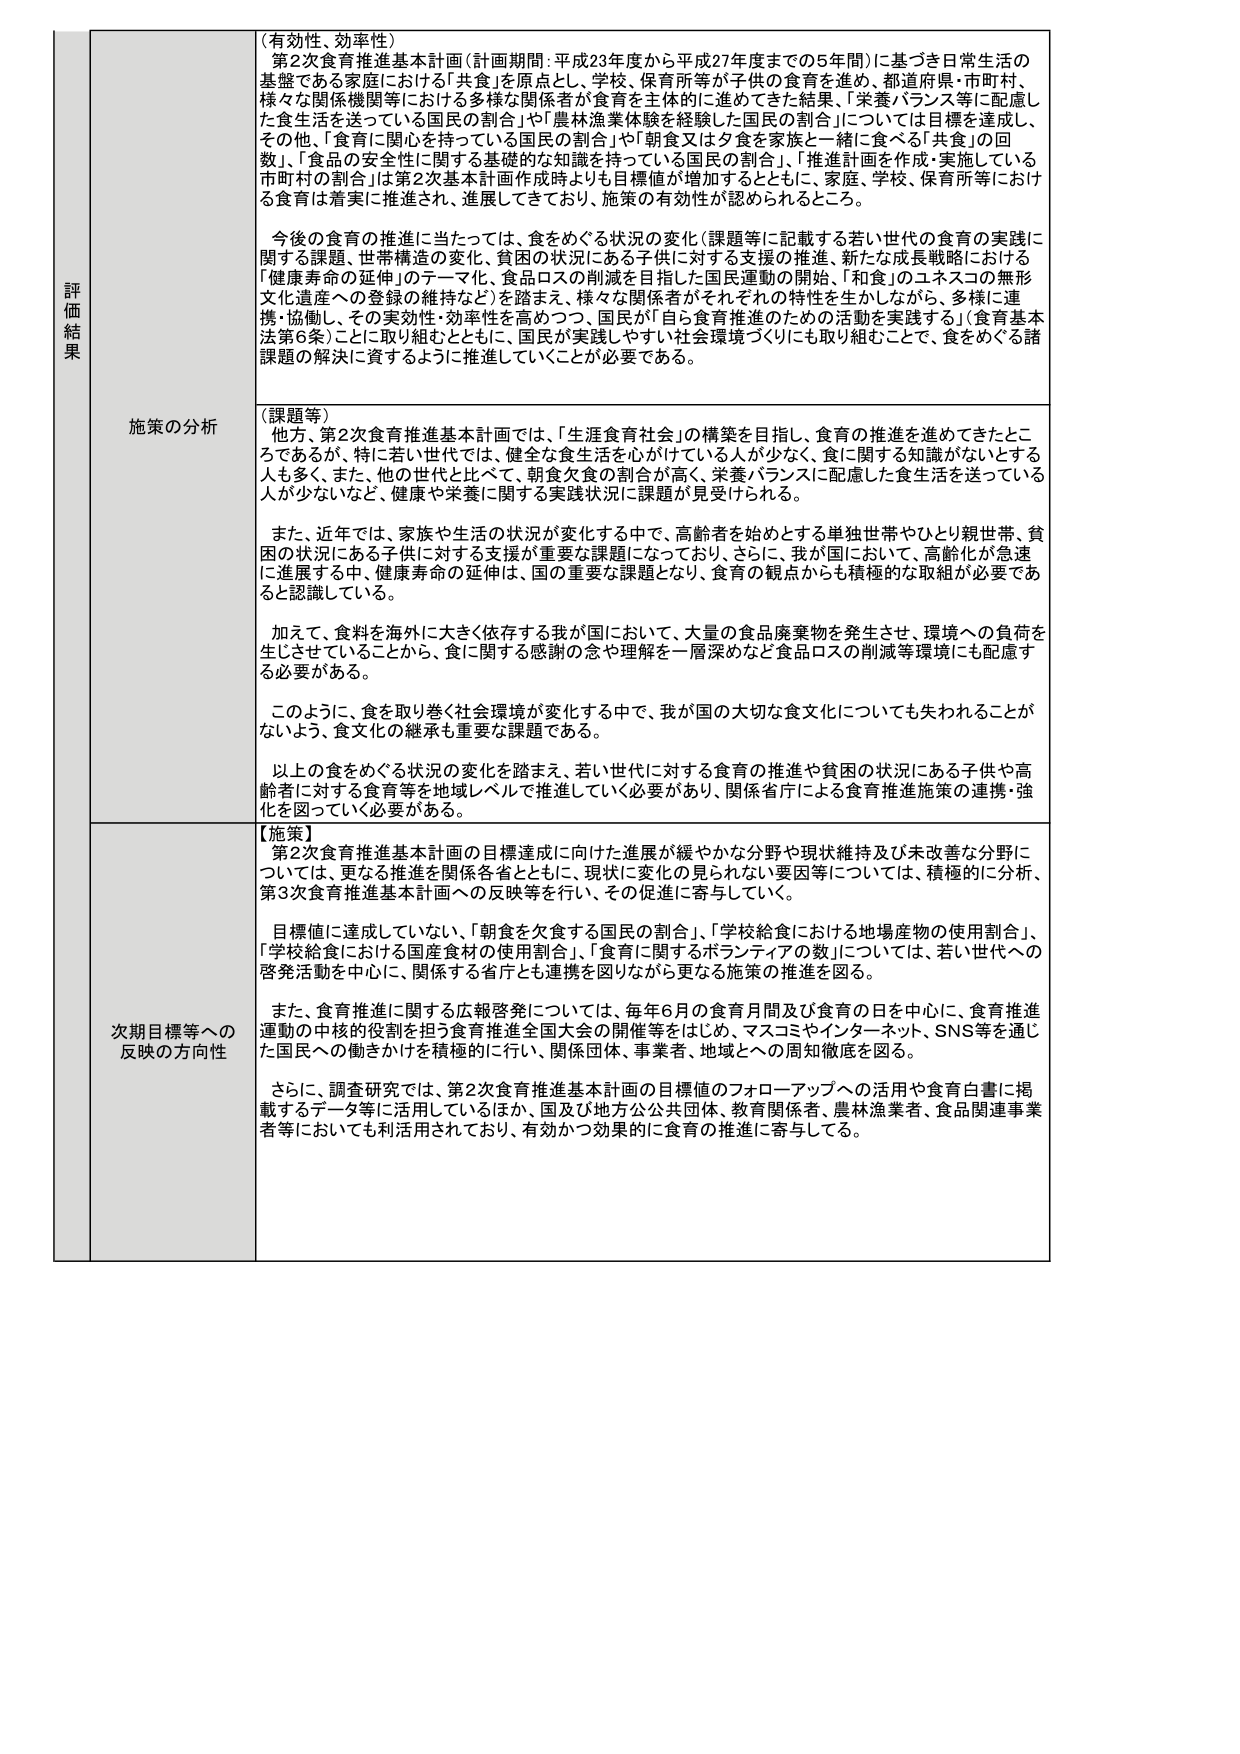
評価結果

（有効性、効率性）
第2次食育推進基本計画（計画期間：平成23年度から平成27年度までの5年間）に基づき日常生活の基盤である家庭における「共食」を原点とし、学校、保育所等が子供の食育を進め、都道府県・市町村、様々な関係機関等における多様な関係者が食育を主体的に進めてきた結果、「栄養バランス等に配慮した食生活を送っている国民の割合」や「農林漁業体験を経験した国民の割合」については目標を達成し、その他、「食育に関心を持っている国民の割合」や「朝食又は夕食を家族と一緒に食べる「共食」の回数」、「食品の安全性に関する基礎的な知識を持っている国民の割合」、「推進計画を作成・実施している市町村の割合」は第2次基本計画作成時よりも目標値が増加するとともに、家庭、学校、保育所等における食育は着実に推進され、進展してきており、施策の有効性が認められるところ。

今後の食育の推進に当たっては、食をめぐる状況の変化（課題等に記載する若年世代の食育の実践に関する課題、世帯構造の変化、貧困の状況にある子供に対する支援の推進、新たな成長戦略における「健康寿命の延伸」のテーマ化、食品ロスの削減を目指した国民運動の開始、「和食」のユネスコの無形文化遺産への登録の維持など）を踏まえ、様々な関係者がそれぞれの特性を生かしながら、多様に連携・協働し、その実効性・効率性を高めつつ、国民が「自ら食育推進のための活動を実践する」（食育基本法第6条）ことに取り組むとともに、国民が実践しやすい社会環境づくりにも取り組むことで、食をめぐる諸課題の解決に資するように推進していくことが必要である。

施策の分析

（課題等）
他方、第2次食育推進基本計画では、「生涯食育社会」の構築を目指し、食育の推進を進めてきたところであるが、特に若年世代では、健全な食生活を心がけている人が少なく、食に関する知識がないとする人も多く、また、他の世代と比べて、朝食欠食の割合が高く、栄養バランスに配慮した食生活を送っている人が少ないなど、健康や栄養に関する実践状況に課題が見受けられる。

また、近年では、家族や生活の状況が変化する中で、高齢者を始めとする単独世帯やひとり親世帯、貧困の状況にある子供に対する支援が重要な課題となっており、さらに、我が国において、高齢化が急速に進展する中、健康寿命の延伸は、国の重要な課題となり、食育の観点からも積極的な取組が必要であると認識している。

加えて、食料を海外に大きく依存する我が国において、大量の食品廃棄物を発生させ、環境への負荷を生じさせていることから、食に関する感謝の念や理解を一層深めなど食品ロスの削減等環境にも配慮する必要がある。

このように、食を取り巻く社会環境が変化する中で、我が国の大切な食文化についても失われることがないよう、食文化の継承も重要な課題である。

以上の食をめぐる状況の変化を踏まえ、若年世代に対する食育の推進や貧困の状況にある子供や高齢者に対する食育等を地域レベルで推進していく必要があり、関係省庁による食育推進施策の連携・強化を図っていく必要がある。

次期目標等への反映の方向性

【施策】
第2次食育推進基本計画の目標達成に向けた進展が緩やかな分野や現状維持及び未改善な分野については、更なる推進を関係各省とともに、現状に変化の見られない要因については、積極的に分析、第3次食育推進基本計画への反映等を行い、その促進に寄与していく。

目標値に達成していない、「朝食を欠食する国民の割合」、「学校給食における地場産物の使用割合」、「学校給食における国産食材の使用割合」、「食育に関するボランティアの数」については、若年世代への啓発活動を中心に、関係する省庁とも連携を図りながら更なる施策の推進を図る。

また、食育推進に関する広報啓発については、毎年6月の食育月間及び食育の日を中心に、食育推進運動の中核の役割を担う食育推進全国大会の開催等をはじめ、マスコミやインターネット、SNS等を通じた国民への働きかけを積極的に行い、関係団体、事業者、地域との周知徹底を図る。

さらに、調査研究では、第2次食育推進基本計画の目標値のフォローアップへの活用や食育白書に掲載するデータ等に活用しているほか、国及び地方公共団体、教育関係者、農林漁業者、食品関連事業者等においても活用されており、有効かつ効果的に食育の推進に寄与してる。